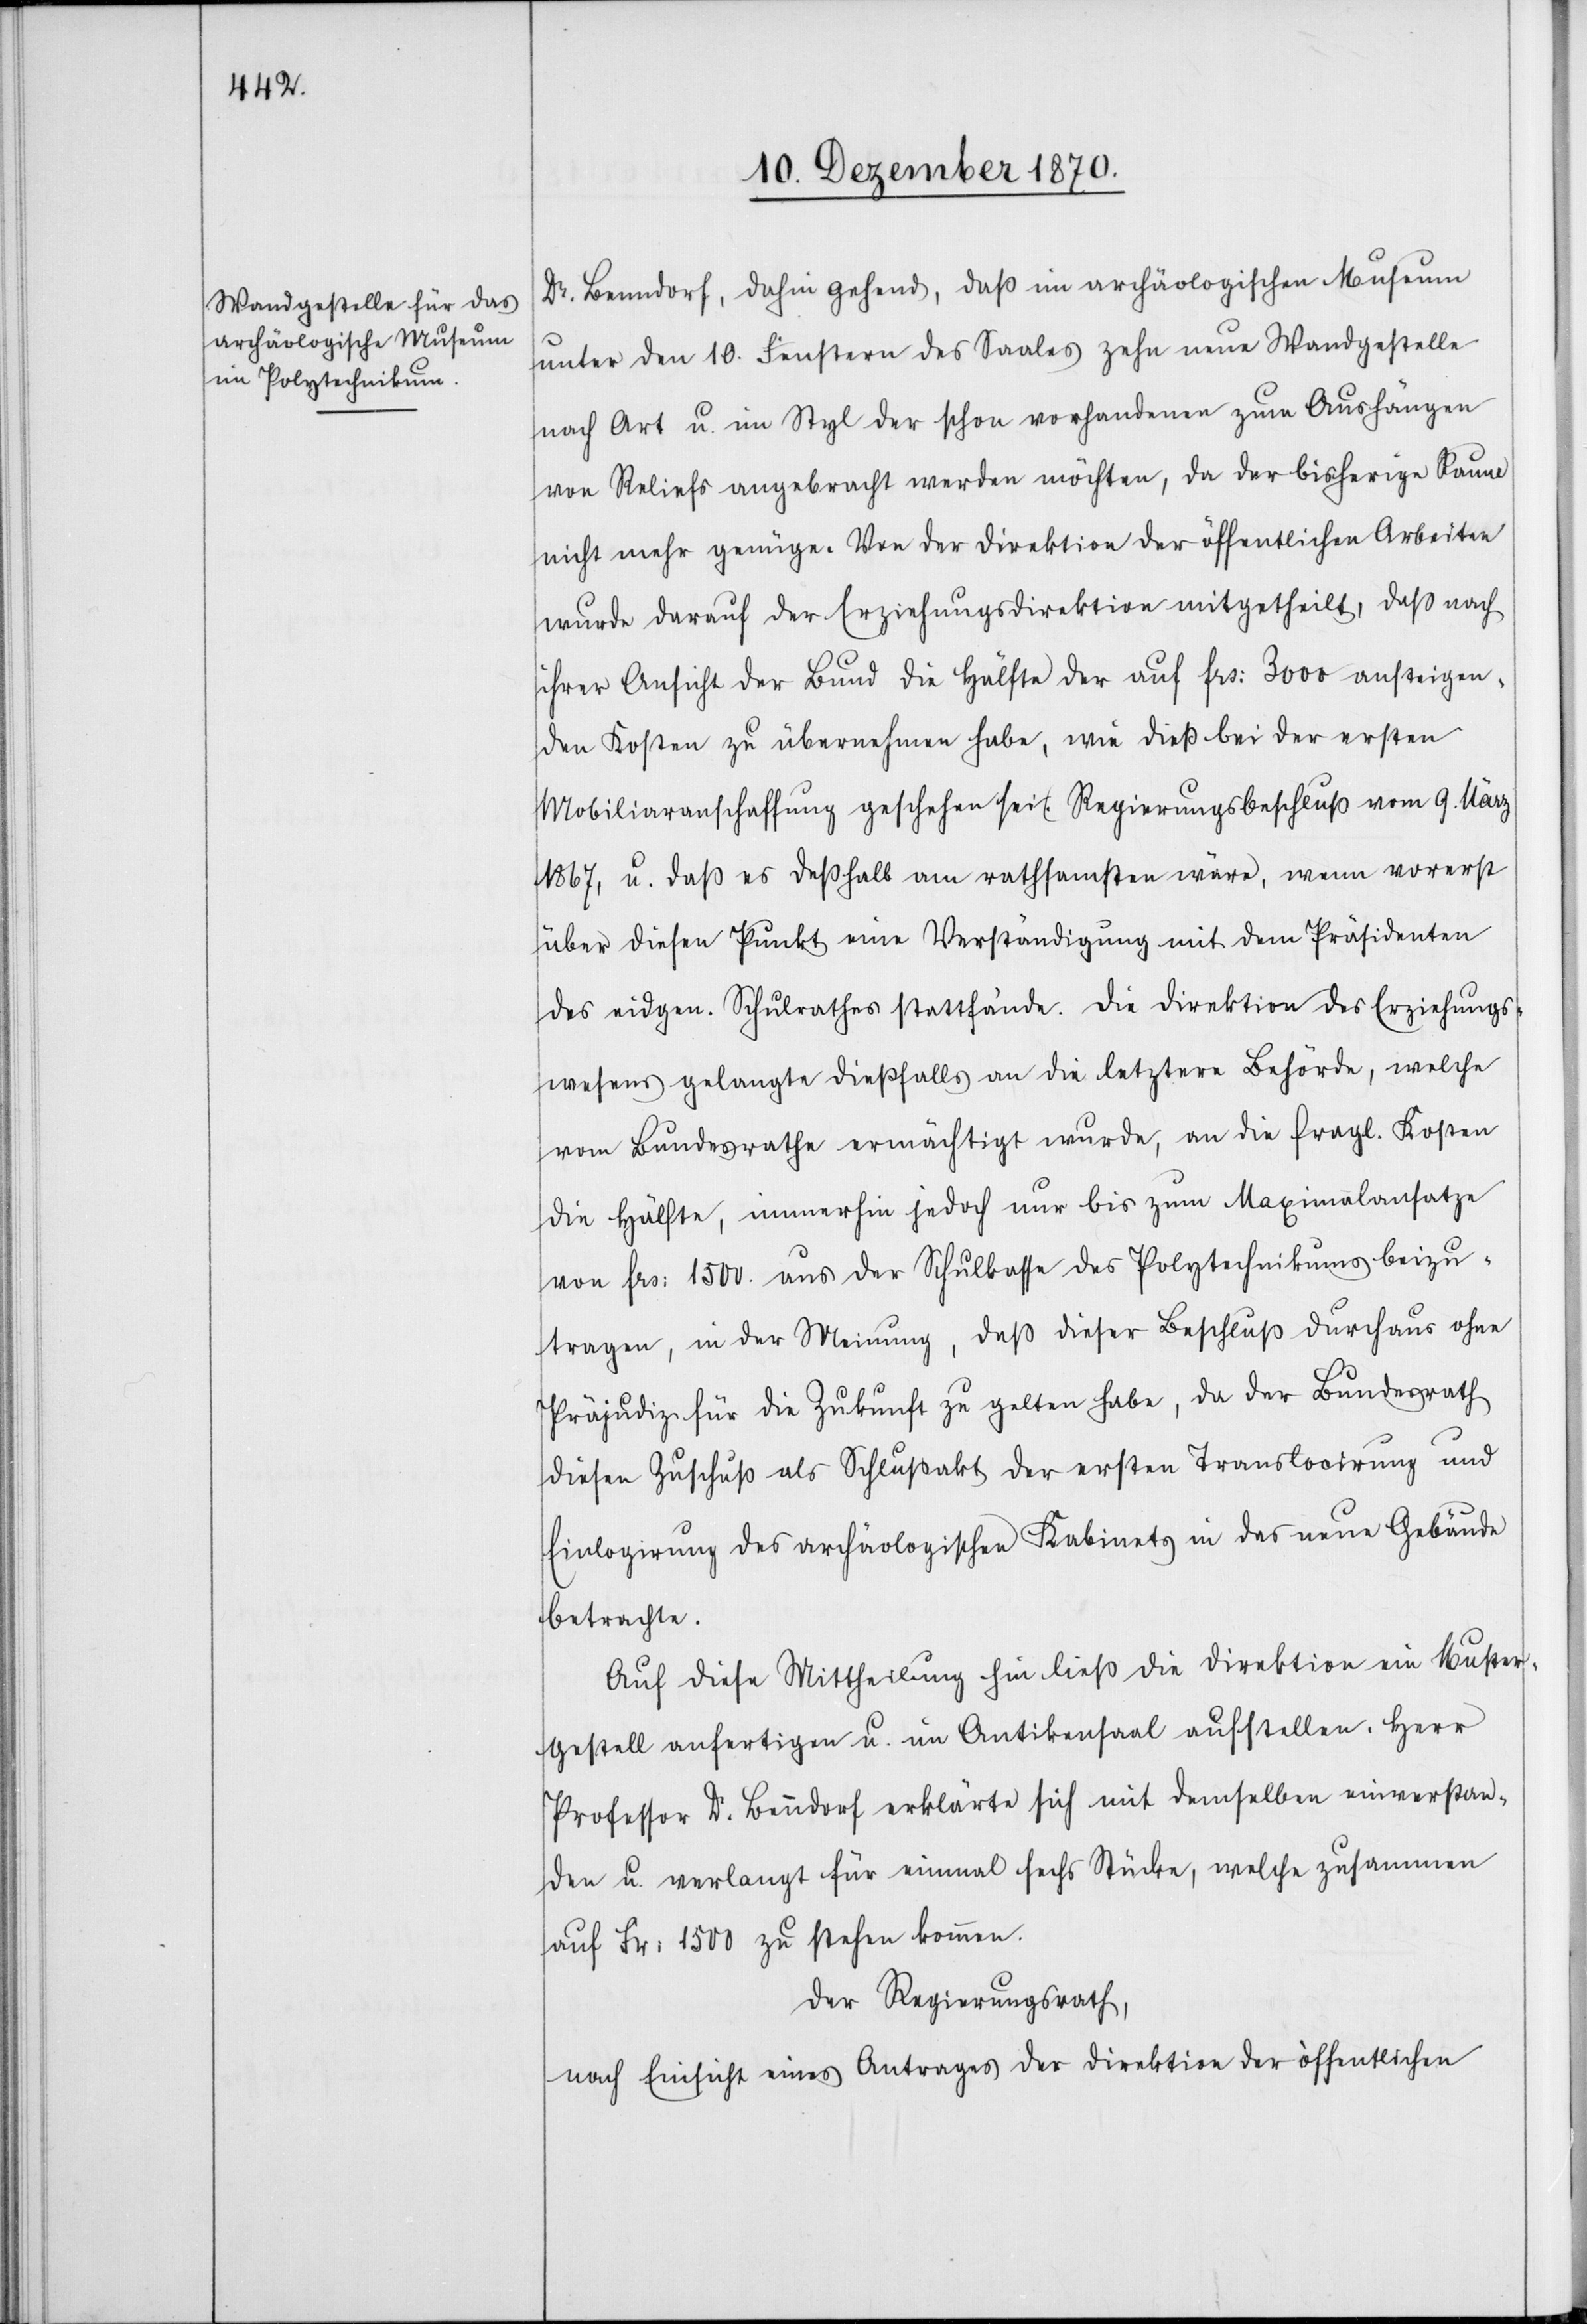
Dr. Benndorf, dahin gehend, daß im archäologischen Museum
unter den 10. Fenstern des Saales zehn neue Wandgestelle
nach Art u. im Styl der schon vorhandenen zum Aushängen
von Reliefs angebracht werden möchten, da der bisherige Raum
nicht mehr genüge. Von der Direktion der öffentlichen Arbeiten
wurde darauf der Erziehungsdirektion mitgetheilt, daß nach
ihrer Ansicht der Bund die Hälfte der auf Frs: 3000 ansteigen¬
den Kosten zu übernehmen habe, wie dies bei der ersten
Mobiliaranschaffung geschehen sei. (Regierungsbeschluß vom 9. März
1867), u. daß es deßhalb am rathsamsten wäre, wenn vorerst
über diesen Punkt eine Verständigung mit dem Präsidenten
des eidgen. Schulrathes stattfände. Die Direktion des Erziehungs¬
wesens gelangte dießfalls an die letztere Behörde, welche
vom Bundesrathe ermächtigt wurde, an die fragl. Kosten
die Hälfte, immerhin jedoch nur bis zum Maximalansatze
von Frs: 1500. aus der Schulkasse des Polytechnikums beizu¬
tragen, in der Meinung, daß dieser Beschluß durchaus ohne
Präjudiz für die Zukunft zu gelten habe, da der Bundesrath
diesen Zuschuß als Schlussakt der ersten Translocirung und
Einlogirung des archäologischen Kabinets in das neue Gebäude
betrachte.
Auf diese Mittheilung hin ließ die Direktion ein Muster¬
gestell anfertigen u. im Antikensaal aufstellen. Herr
Professor Dr. Benndorf erklärte sich mit demselben einverstan¬
den u. verlangt für einmal sechs Stücke, welche zusammen
auf Fr: 1500 zu stehen kommen.
Der Regierungsrath,
nach Einsicht eines Antrages der Direktion der öffentlichen